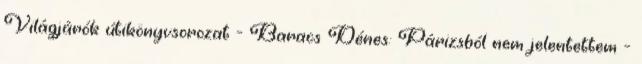
Világjárók útikönyvsorozat - Baracs Dénes: Párizsból nem jelentettem -